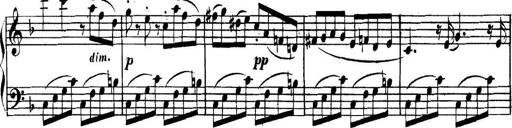
Title: Collected Piano Sonatas
Composer: Muzio Clementi